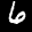
Label: 6